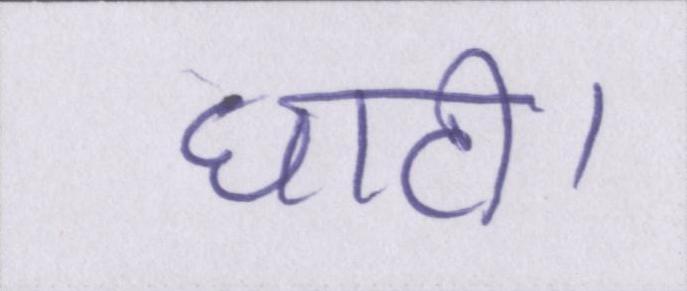
घाटी।